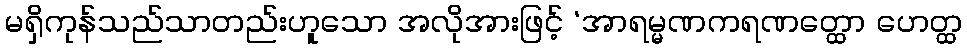
မရှိကုန်သည်သာတည်းဟူသော အလိုအားဖြင့် ‘အာရမ္မဏကရဏတ္ထော ဟေတ္ထ